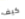
كيف